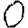
Digit: 0